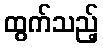
ထွက်သည့်